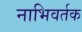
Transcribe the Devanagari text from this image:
नाभिवर्तक